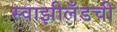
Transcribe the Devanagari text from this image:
स्वाझीलँडची